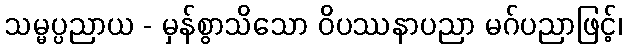
သမ္မပ္ပညာယ - မှန်စွာသိသော ဝိပဿနာပညာ မဂ်ပညာဖြင့်၊